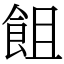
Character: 飷